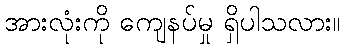
အားလုံးကို ကျေနပ်မှု ရှိပါသလား။